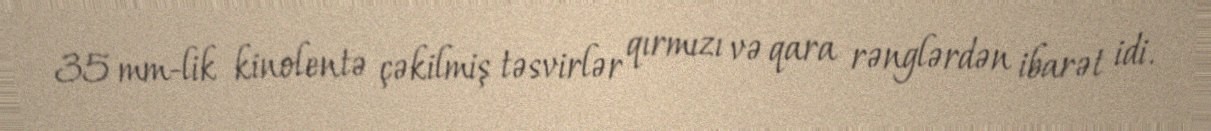
35 mm-lik kinolentə çəkilmiş təsvirlər qırmızı və qara rənglərdən ibarət idi.